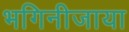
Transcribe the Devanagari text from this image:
भगिनीजाया